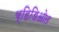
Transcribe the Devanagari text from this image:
व्हिडिओत